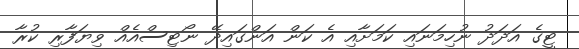
ޓީގެ އަދަދު ނުހިމަނައި ކަމަށާއި އެ ކަން އަންގައިދޭ ނޯޓިސްއެއް ވިޔަފާރި ކުރާ